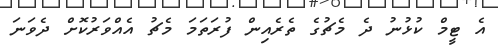
އެ ޓީމް ކުޅުނު ދެ މެޗުގެ ތެރެއިން ފުރަތަމަ މެޗު އެއްވަރުކޮށް ދެވަނަ